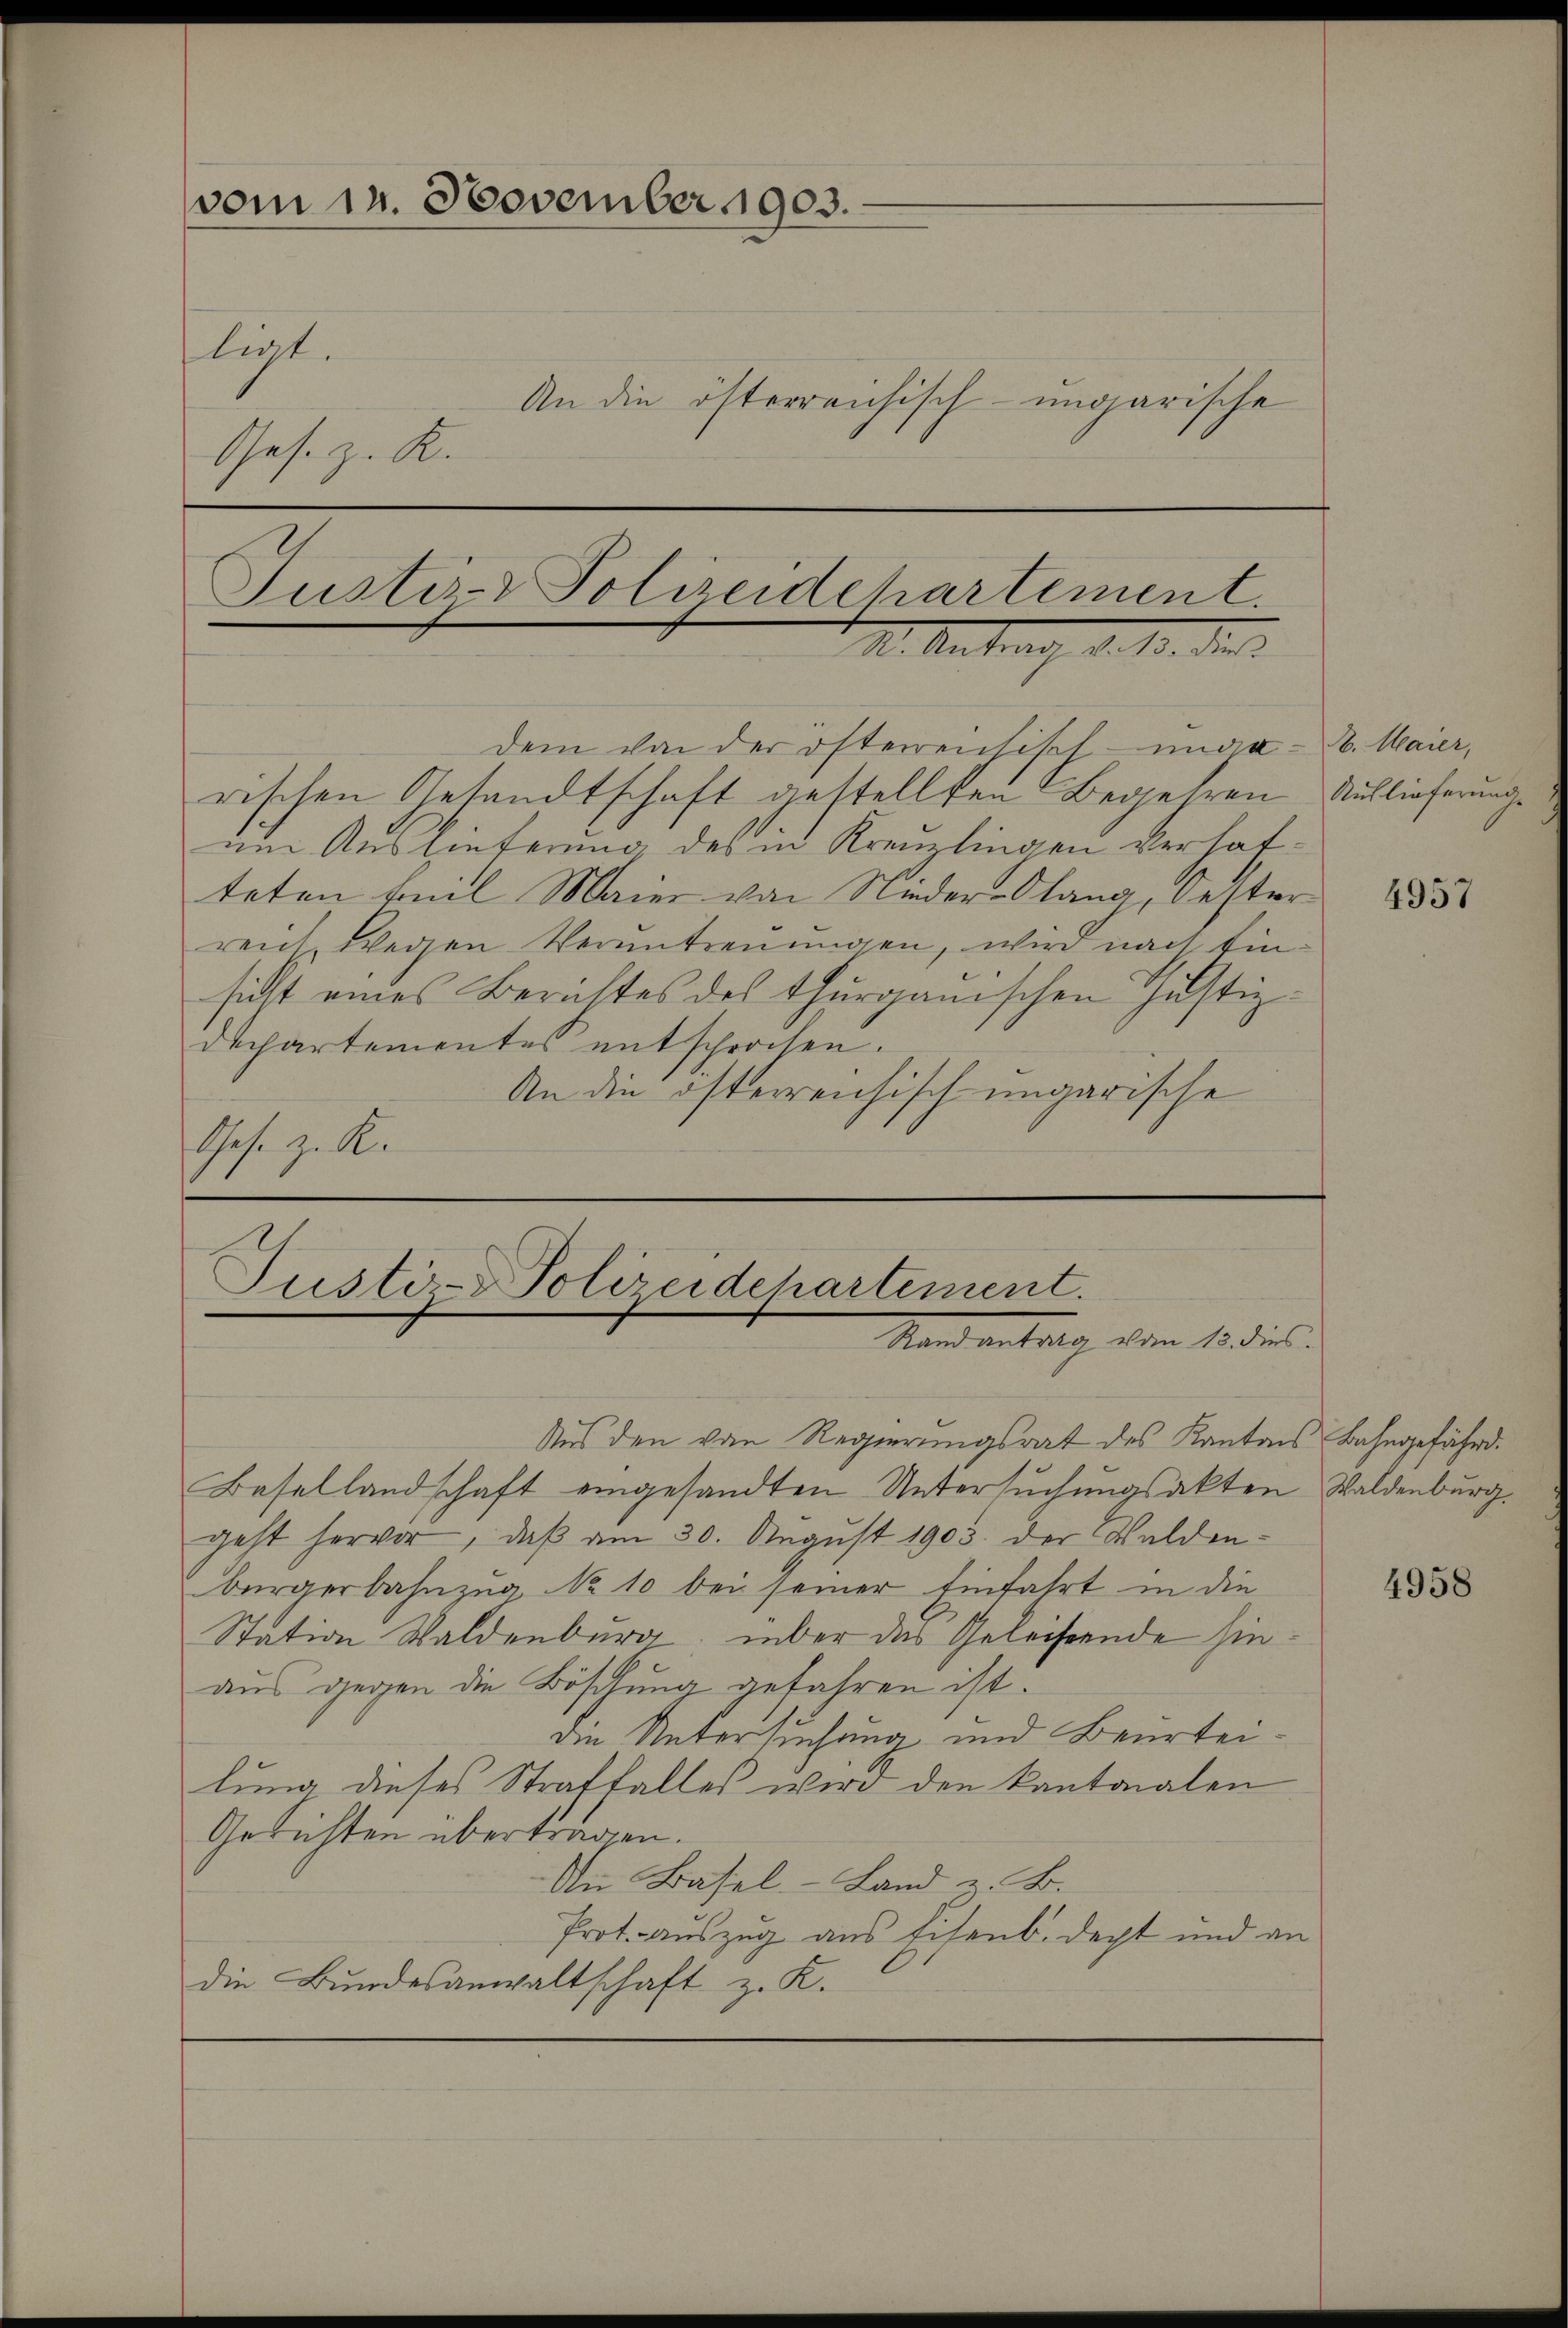
vom 14. November 1903.
liat.
An die österreichisch-ungarische
Ges. z. K.
Justiz- & Polizeidchartement.

M. Antrag d. 10. die
dem von der österreichisch-unga - 6. Maier,

rischen Gesandtschaft gestellten Begehren Auslieferunge
um Auslieferung des in Kreilingen verhafteten Beil Maier von Nieder-Olang, Oester
rent, wegen Veruntreuungen, wird nach Einsicht eines Berichtes des Thurgauischen Justiz-
departementes entsprochen.
An die öfterreichisch ungarische
These zu Re

Justi - Polizeidchartement.
Stand antrag aber 13 dies

Aus den von Regierungsrat des Kantons Bahngefährd.
Besellandschaft eingesandten Untersuchungsakten Waldenburg,
geht hervor, daß am 30. August 1905. der Waldenbürgerbahnzug No 10 bei seiner Einfahrt in die
Station Waldenburg, über das Geleistende hinaus gegen die Böschung gefahren ist.
die Untersuchung und Beurteilung dieses Straffalles wird den Kantonalen
Gesichten übertragen.
An Basel-Land z. B.
Prot. auszug aus Eisenb. decht und an
die Bundesanwaltschaft z. K.

4957

4958